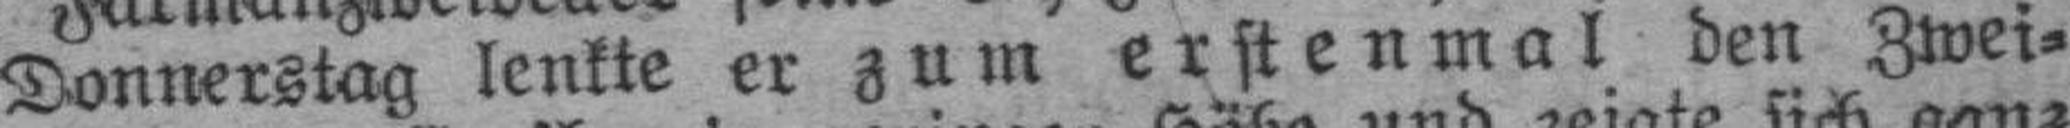
Donnerstag lenkte er zum erstenmal den Zwei¬